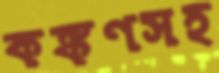
কঙ্কণসহ